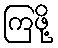
ကြဖို့